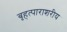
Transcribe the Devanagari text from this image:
बृहत्पाराशरीय